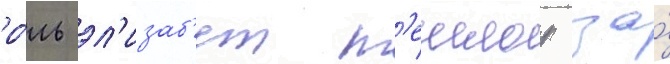
ро́ль эл'изаб'ет т'еилор за́